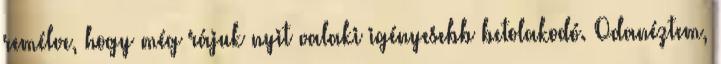
remélve, hogy még rájuk nyit valaki igényesebb betolakodó. Odanéztem,